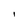
Character: i